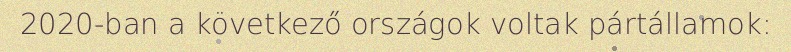
2020-ban a következő országok voltak pártállamok: